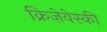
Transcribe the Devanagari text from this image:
क्रिज़ेवेस्की